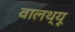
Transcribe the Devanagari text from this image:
वालथ्यू